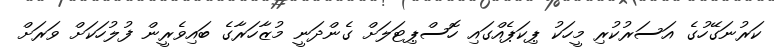
ކަރުނަގޭހުގެ އަސަރުކުރި މީހަކު ޕިކަޕެއްގައި ހޮސްޕިޓަލަށް ގެންދަނީ މުޒާހަރާގެ ބައިވެރީން ފުލުހަކަށް ވަރަށް